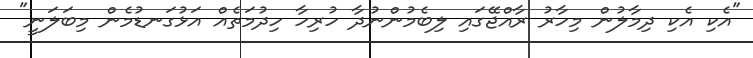
"އެކި އެކި ދިމާލުން މިހާރު ރާއްޖޭގައި ލިބެމުންނުދާ ހުރިހާ ހިދުމަތެއް އަޅުގަނޑުމެން މިބަލަނީ"